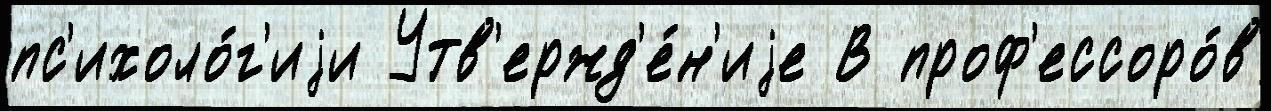
пс'ихоло́г'иjи Утв'ержд'е́н'иjе В проф'ессоро́в